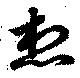
想